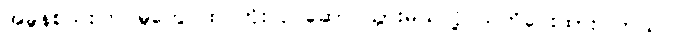
အခွန်စည်းကြပ်မှုတွေ ထပ်တိုးလုပ်ဆောင်သွားမယ်လို့ သတိပေးထားပါတယ်။